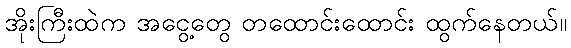
အိုးကြီးထဲက အငွေ့တွေ တထောင်းထောင်း ထွက်နေတယ်။